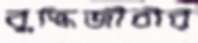
বুদ্ধিজীবীর